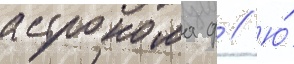
астронома ф // Ю́